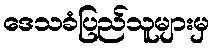
ဒေသခံပြည်သူများမှ